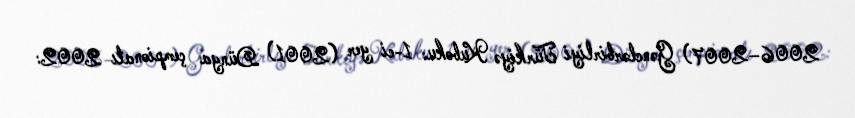
2006–2007) Gənclərbirliyi Türkiyə Kuboku: 1-ci yer (2001) Dünya çempionatı 2002: